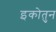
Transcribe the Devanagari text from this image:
इकोतुन